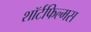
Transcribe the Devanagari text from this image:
शॉर्टफिल्मस